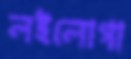
লইলোগা